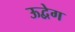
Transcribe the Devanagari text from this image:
ऊद्वेग